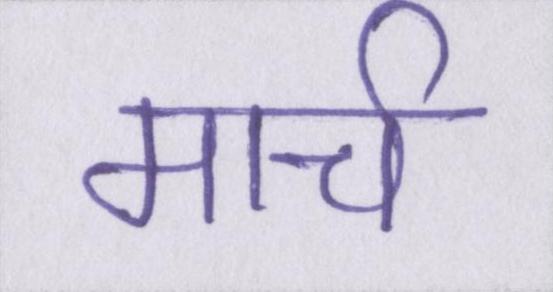
मार्च